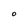
Character: O